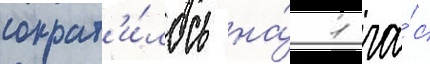
сократ'и́лось на́ 1 ча́с